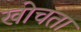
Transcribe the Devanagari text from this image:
खोचता